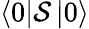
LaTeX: \left<0\right|{\cal{S}}\left|0\right>